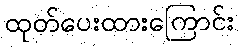
ထုတ်ပေးထားကြောင်း